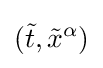
({\tilde {t}},{\tilde {x}}^{\alpha })